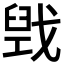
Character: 𫻻